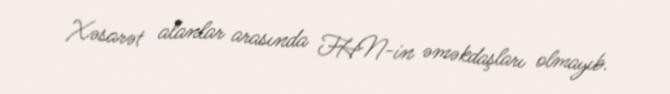
Xəsarət alanlar arasında FHN-in əməkdaşları olmayıb.